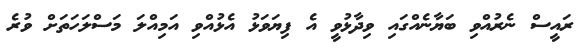
ރައީސް ނެރުއްވި ބަޔާނެއްގައި ވިދާޅުވީ އެ ފިޔަވަޅު އެޅުއްވި އަމިއްލަ މަސްލަހަތަށް ވުރެ